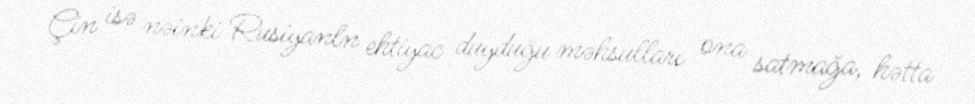
Çin isə nəinki Rusiyanln ehtiyac duyduğu məhsulları ona satmağa, hətta